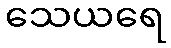
သေယရေ